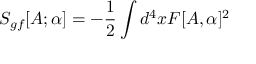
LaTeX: S _ { g f } [ A ; \alpha ] = - \frac { 1 } { 2 } \int d ^ { 4 } x F [ A , \alpha ] ^ { 2 }